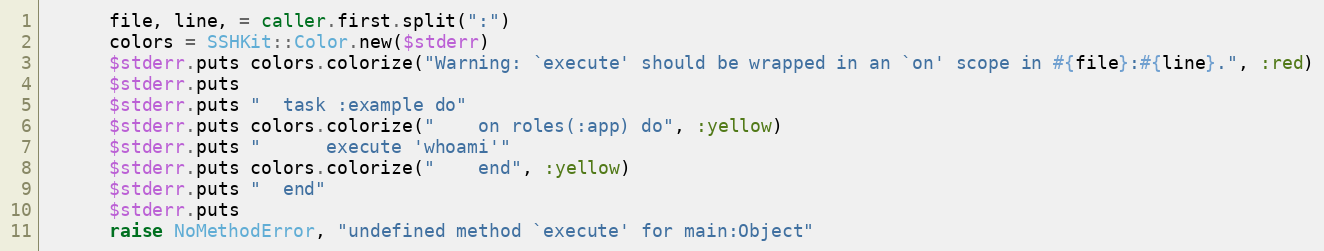
Language: Ruby
      file, line, = caller.first.split(":")
      colors = SSHKit::Color.new($stderr)
      $stderr.puts colors.colorize("Warning: `execute' should be wrapped in an `on' scope in #{file}:#{line}.", :red)
      $stderr.puts
      $stderr.puts "  task :example do"
      $stderr.puts colors.colorize("    on roles(:app) do", :yellow)
      $stderr.puts "      execute 'whoami'"
      $stderr.puts colors.colorize("    end", :yellow)
      $stderr.puts "  end"
      $stderr.puts
      raise NoMethodError, "undefined method `execute' for main:Object"